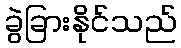
ခွဲခြားနိုင်သည်